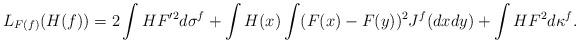
LaTeX: \begin{align*}L_{F(f)}(H(f))=2\int H F'^2d\sigma^f+\int H(x)\int(F(x)-F(y))^2J^f(dxdy)+\int H F^2d\kappa^f.\end{align*}